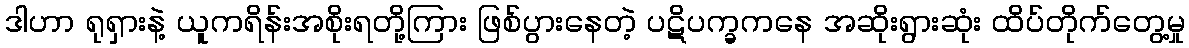
ဒါဟာ ရုရှားနဲ့ ယူကရိန်းအစိုးရတို့ကြား ဖြစ်ပွားနေတဲ့ ပဋိပက္ခကနေ အဆိုးရွားဆုံး ထိပ်တိုက်တွေ့မှု